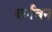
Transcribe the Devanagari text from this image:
कर्नवन